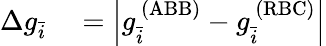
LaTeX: \begin{array}{rl}{\Delta g_{\bar{i}}}&{{}=\left|g_{\bar{i}}^{\ (\mathrm{ABB})}-g_{\bar{i}}^{\ (\mathrm{RBC})}\right|}\end{array}